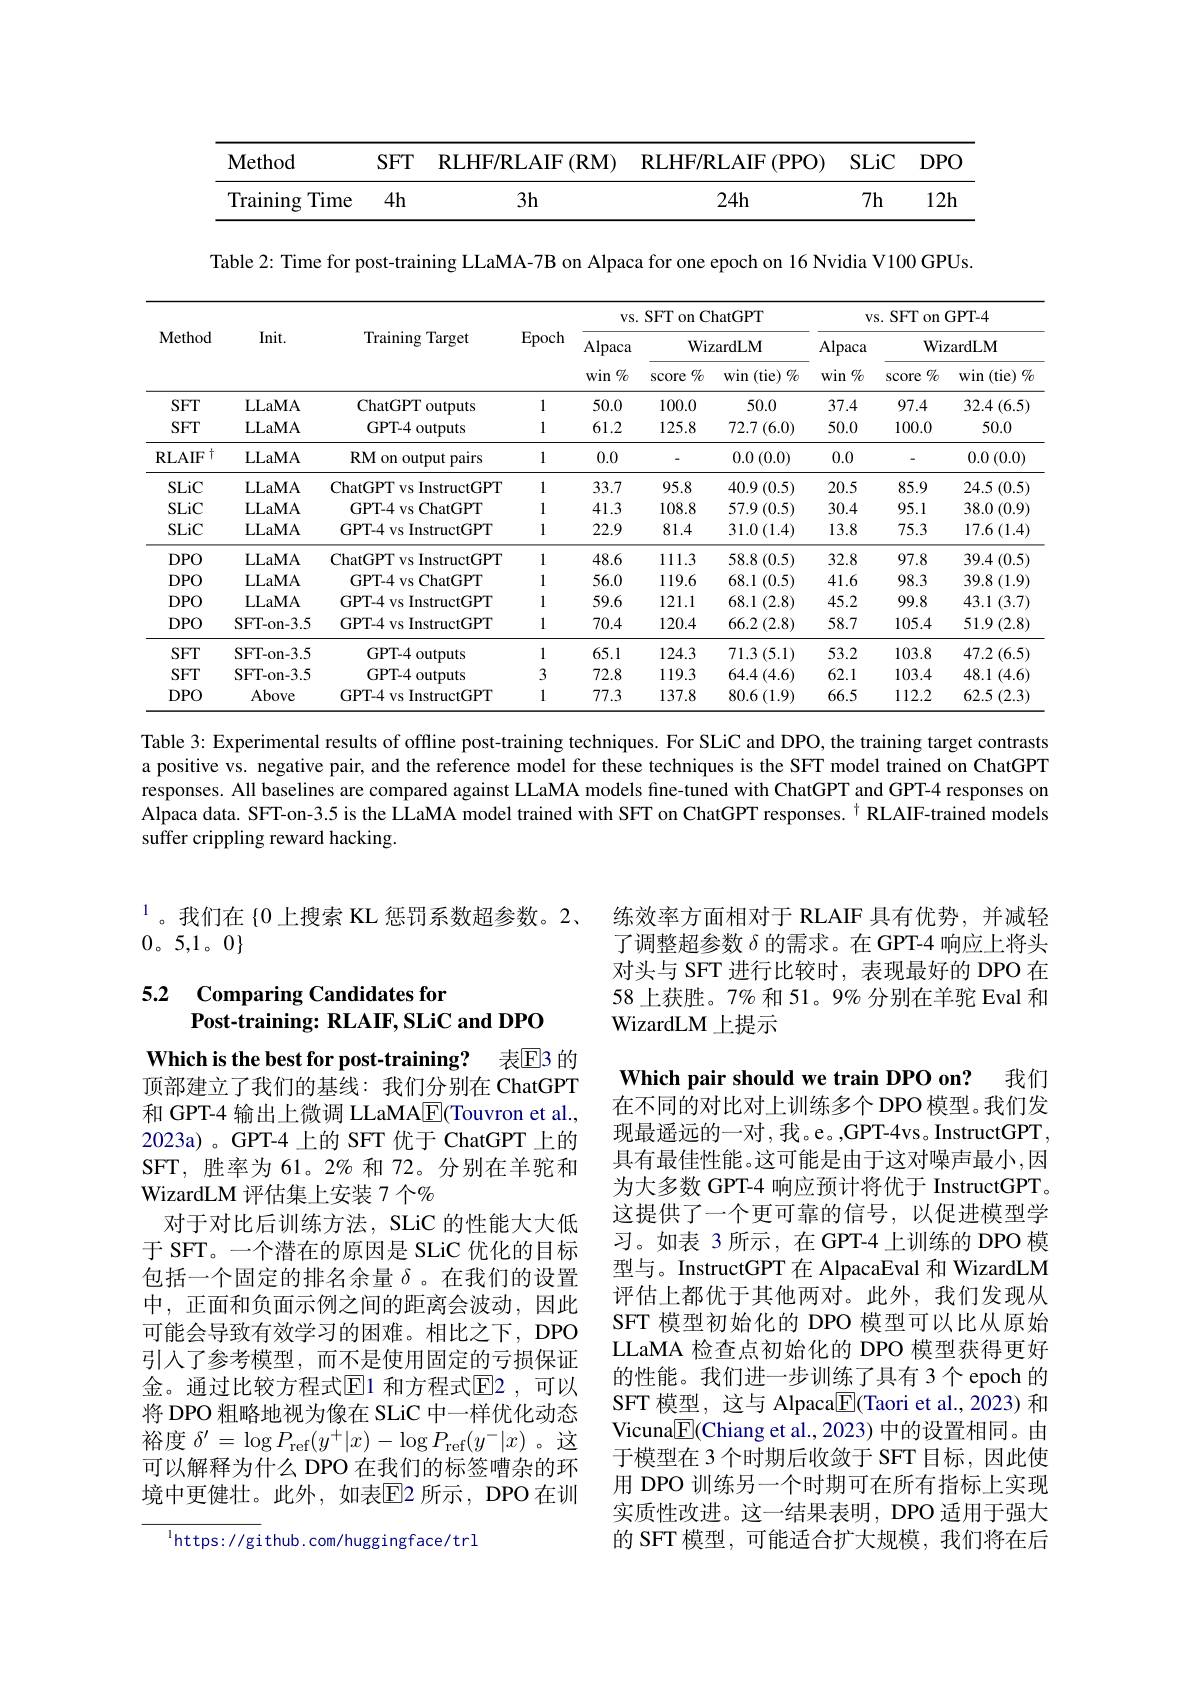
<table>
	<tbody>
		<tr>
			<th>$\mathbf{Method}$</th>
			<th>$SFT$</th>
			<th>RLHF/ RLAIF (RM) 41</th>
			<th>RLHF/ RLAIF ${\Xi}\left(\mathrm{PPO}\right)$ 1</th>
			<th>SLiC</th>
			<th>$DPO$</th>
		</tr>
		<tr>
			<td>Training Time</td>
			<td>$4h$</td>
			<td>$3h$</td>
			<td>$24h$</td>
			<td>$7h$</td>
			<td>12h</td>
		</tr>
	</tbody>
</table>

Table 2: Time for post-training LLaMA-7B on Alpaca for one epoch on 16 Nvidia V100 GPUs.

<table>
	<tbody>
		<tr>
			<th rowspan="3">Method</th>
			<th rowspan="3">Init. </th>
			<th rowspan="3">Training $g$ Target</th>
			<th rowspan="3">Epoch</th>
			<th colspan="3">vs. SFT on ChatGPT</th>
			<th colspan="3">vs. SFT on GPT- 4</th>
		</tr>
		<tr>
			<th>Alpaca</th>
			<th colspan="2">WizardLM tca</th>
			<th rowspan="2">Alpaca $1\%$ win </th>
			<th colspan="2">WizardLM</th>
		</tr>
		<tr>
			<th>$win\%$</th>
			<th>$\%$ score</th>
			<th>win (tie) $\%$</th>
			<th>$\%$ SCOre</th>
			<th>win (tie) $\%$</th>
		</tr>
		<tr>
			<td>$SFT$</td>
			<td>LLaMA</td>
			<td>ChatGPT outputs</td>
			<td>1</td>
			<td>50.0</td>
			<td>100.0</td>
			<td>50.0</td>
			<td>37.4</td>
			<td>97.4</td>
			<td>$32.4\left(6.5\right)$</td>
		</tr>
		<tr>
			<td>$SFT$</td>
			<td>LLaMA</td>
			<td>GPT-4 outputs</td>
			<td>1</td>
			<td>61.2</td>
			<td>125.8</td>
			<td>72.7 (6.0)</td>
			<td>50.0</td>
			<td>100.0</td>
			<td>50.0</td>
		</tr>
		<tr>
			<td>$\mathrm{RLAIF}^{\dagger}$</td>
			<td>LLaMA</td>
			<td>RM on output pairs</td>
			<td>1</td>
			<td>0.0</td>
			<td> </td>
			<td>$0.0\left(0.0\right)$</td>
			<td>0.0</td>
			<td> </td>
			<td>$0.0\left(0.0\right)$</td>
		</tr>
		<tr>
			<td>SLiC</td>
			<td>LLaMA</td>
			<td>ChatGPT vs InstructGPT</td>
			<td>1</td>
			<td>33.7</td>
			<td>95.8</td>
			<td>$40.9\left(0.5\right)$</td>
			<td>20.5</td>
			<td>85.9</td>
			<td>24.5 (0.5)</td>
		</tr>
		<tr>
			<td>SLiC</td>
			<td>LLaMA</td>
			<td>GPT-4 vs ChatGPT</td>
			<td>1</td>
			<td>41.3</td>
			<td>108.8</td>
			<td>$57.9\left(0.5\right)$</td>
			<td>30.4</td>
			<td>95.1</td>
			<td>38.0 (0.9)</td>
		</tr>
		<tr>
			<td>SLiC</td>
			<td>LLaMA</td>
			<td>GPT-4 vs InstructGPT</td>
			<td>1</td>
			<td>22.9</td>
			<td>81.4</td>
			<td>$31.0\left(1.4\right)$</td>
			<td>13.8</td>
			<td>75.3</td>
			<td>$17.6\left(1.4\right)$</td>
		</tr>
		<tr>
			<td>$DPO$</td>
			<td>LLaMA</td>
			<td>ChatGPT vs InstructGPT</td>
			<td>1</td>
			<td>48.6</td>
			<td>111.3</td>
			<td>58.8 (0.5)</td>
			<td>32.8</td>
			<td>97.8</td>
			<td>$39.4\left(0.5\right)$</td>
		</tr>
		<tr>
			<td>$DPO$</td>
			<td>LLaMA</td>
			<td>GPT-4 vs ChatGPT</td>
			<td>1</td>
			<td>56.0</td>
			<td>119.6</td>
			<td>68.1 (0.5)</td>
			<td>41.6</td>
			<td>98.3</td>
			<td>39.8 (1.9)</td>
		</tr>
		<tr>
			<td>$DPO$</td>
			<td>LLaMA</td>
			<td>GPT-4 vs InstructGPT</td>
			<td>1</td>
			<td>59.6</td>
			<td>121.1</td>
			<td>68.1 (2.8)</td>
			<td>45.2</td>
			<td>99.8</td>
			<td>43.1 (3.7)</td>
		</tr>
		<tr>
			<td>$DPO$</td>
			<td>SFT- on- 3. 5</td>
			<td>GPT-4 vs InstructGPT</td>
			<td>1</td>
			<td>70.4</td>
			<td>120.4</td>
			<td>$66.2\left(2.8\right)$</td>
			<td>58.7</td>
			<td>105.4</td>
			<td>$51.9\left(2.8\right)$</td>
		</tr>
		<tr>
			<td>$SFT$</td>
			<td>SFT- on- 3. 5</td>
			<td>GPT-4 outputs</td>
			<td>1</td>
			<td>65.1</td>
			<td>124.3</td>
			<td>71.3 (5.1)</td>
			<td>53.2</td>
			<td>103.8</td>
			<td>$47.2\left(6.5\right)$</td>
		</tr>
		<tr>
			<td>$SFT$</td>
			<td>SFT- on- 3. 5</td>
			<td>GPT-4 outputs</td>
			<td>3</td>
			<td>72.8</td>
			<td>119.3</td>
			<td>$64.4\left(4.6\right)$</td>
			<td>62.1</td>
			<td>103.4</td>
			<td>48.1 (4.6)</td>
		</tr>
		<tr>
			<td>$DPO$</td>
			<td>Above</td>
			<td>GPT-4 vs InstructGPT</td>
			<td>1</td>
			<td>77.3</td>
			<td>137.8</td>
			<td>$80.6\left(1.9\right)$</td>
			<td>66.5</td>
			<td>112.2</td>
			<td>$62.5\left(2.3\right)$</td>
		</tr>
	</tbody>
</table>

Table 3: Experimental results of offline post-training techniques. For SLiC and DPO, the training target contrasts a positive vs. negative pair, and the reference model for these techniques is the SFT model trained on ChatGPT responses. All baselines are compared against LLaMA models fine-tuned with ChatGPT and GPT-4 responses on Alpaca data. SFT-on-3.5 is the LLaMA model trained with SFT on ChatGPT responses. $^{\dagger}$ RLAIF-trained models suffer crippling reward hacking.

练效率方面相对于 RLAIF 具有优势，并减轻了调整超参数$\delta$的需求。在 GPT-4 响应上将头对头与 SFT 进行比较时，表现最好的 DPO 在58 上获胜。7% 和 51。9% 分别在羊驼 Eval 和WizardLM 上提示

$^{1}$。我们在{0 上搜索 KL 惩罚系数超参数。2、
$0。5,1。0\}$

### 5.2 Comparing Candidates for Post-training: RLAIF, SLiC and DPO

表$\mathbb{E}$3 的
Which is the best for post-training?
顶部建立了我们的基线：我们分别在 ChatGPT 和 GPT-4 输出上微调 LLaMA$\underline{\mathrm{E}}($Touvron et al., 2023a)。GPT-4 上的 SFT 优于 ChatGPT 上的SFT, 胜率为 61。2% 和 72。分别在羊驼和WizardLM 评估集上安装 7 个$\%$
对于对比后训练方法，SLiC 的性能大大低于 SFT。一个潜在的原因是 SLiC 优化的目标包括一个固定的排名余量$\delta$。在我们的设置中，正面和负面示例之间的距离会波动，因此可能会导致有效学习的困难。相比之下，DPO 引入了参考模型，而不是使用固定的亏损保证金。通过比较方程式$\operatorname{E}$1 和方程式$\operatorname{E}$2,可以将 DPO 粗略地视为像在 SLiC 中一样优化动态裕度$\delta^\prime=\log P_{\mathrm{ref}}(y^+|x)-\log P_{\mathrm{ref}}(y^-|x)$ 。这可以解释为什么 DPO 在我们的标签嘈杂的环境中更健壮。此外，如表$\overline{\mathrm{E}}$2 所示，DPO 在训

$^{1}$https://github.com/huggingface/trl

Which pair should we train DPO on? 我们在不同的对比对上训练多个 DPO 模型。我们发现最遥远的一对，我。e。,GPT-4vs。InstructGPT, 具有最佳性能。这可能是由于这对噪声最小，因为大多数 GPT-4 响应预计将优于 InstructGPT。这提供了一个更可靠的信号，以促进模型学习。如表 3 所示，在 GPT-4 上训练的 DPO 模型与。InstructGPT 在 AlpacaEval 和 WizardLM 评估上都优于其他两对。此外，我们发现从SFT 模型初始化的 DPO 模型可以比从原始LLaMA 检查点初始化的 DPO 模型获得更好的性能。我们进一步训练了具有 3个 epoch 的SFT 模型，这与 Alpaca$\boxed{\mathrm{F}}($Taori et al., 2023) 和Vicuna$\underline{\mathrm{E}}($Chiang et al., 2023) 中的设置相同。由于模型在 3 个时期后收敛于 SFT 目标，因此使用 DPO 训练另一个时期可在所有指标上实现实质性改进。这一结果表明，DPO 适用于强大的 SFT 模型，可能适合扩大规模，我们将在后